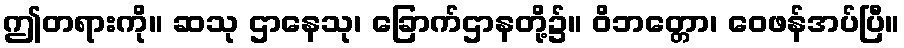
ဤတရားကို။ ဆသု ဌာနေသု၊ ခြောက်ဌာနတို့၌။ ဝိဘတ္တော၊ ဝေဖန်အပ်ပြီ။